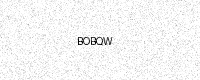
Text: BOBQW